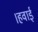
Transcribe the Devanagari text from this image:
।हवाई